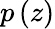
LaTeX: p\left(z\right)